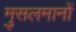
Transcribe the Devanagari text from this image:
मु्सलमानों